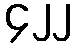
၄၂၂